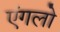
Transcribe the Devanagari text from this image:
एंगलो